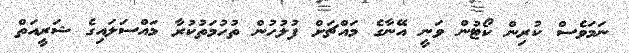
ނަމަވެސް ކުރިން ކޯޓުން ވަނީ އޭނާގެ މައްޗަށް ފުލުހުން ތުހުމަތުކުރާ މައްސަލައިގެ ޝަރީއަތް